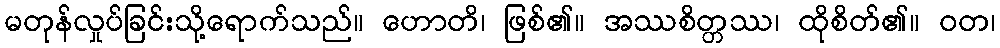
မတုန်လှုပ်ခြင်းသို့ရောက်သည်။ ဟောတိ၊ ဖြစ်၏။ အဿစိတ္တဿ၊ ထိုစိတ်၏။ ဝတ၊